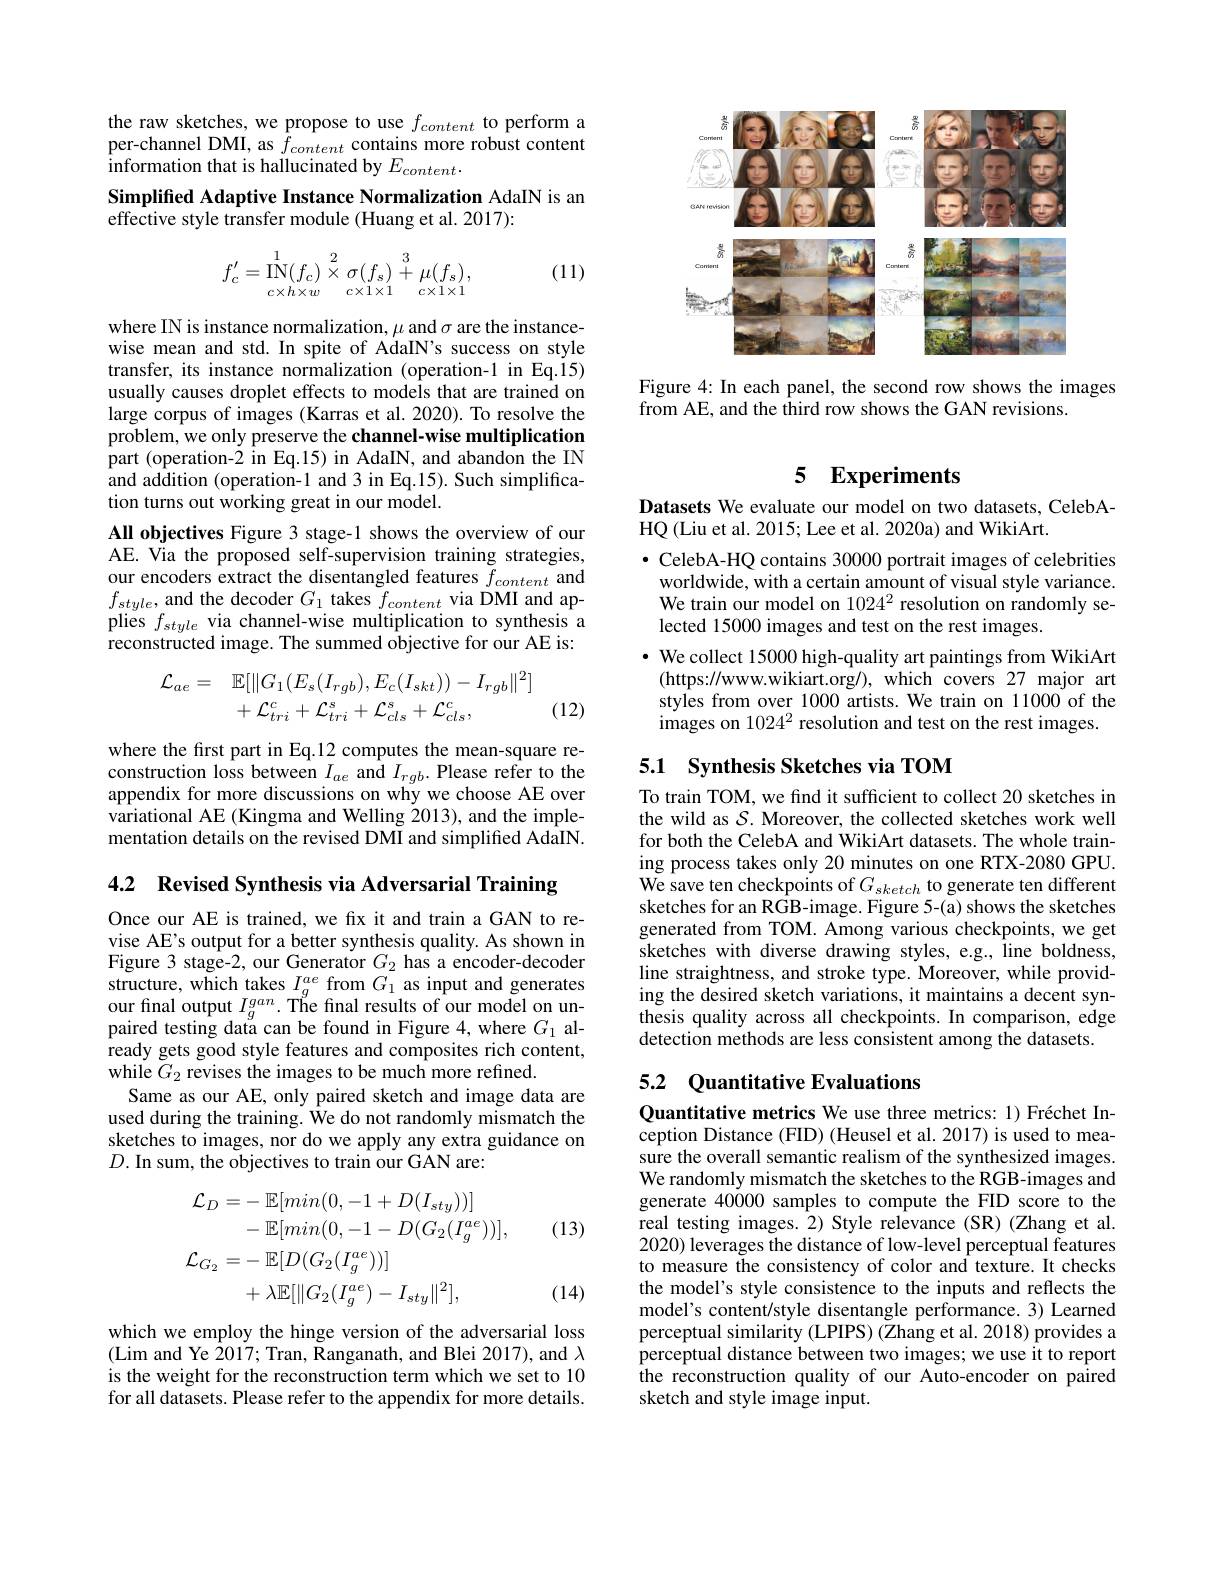
<FigureHere>

Figure 4: In each panel, the second row shows the images
$\tilde{\mathrm{from~AE,~and~the~third~row~shows~the~GAN~revisions.}}$

the raw sketches, we propose to use $f_{content}$ to perform a per-channel DMI, as $\bar{f}_{content}$ contains more robust content $\hat{\text{information that is hallucinated by }}E_{content}.$
Simplified Adaptive Instance Normalization AdaIN is an
effective style transfer module (Huang et al. 2017):
$$f_c'=\mathop{\mathrm{IN}}\limits_{c\times h\times w}^1\stackrel{2}{\times}\sigma(f_s)\stackrel{3}{+}\mu(f_s),$$
(11)

where IN is instance normalization, $\mu$ and $\sigma$ are the instancewise mean and std. In spite of AdaIN's success on style transfer, its instance normalization (operation-1 in Eq.15) usually causes droplet effects to models that are trained on large corpus of images (Karras et al. 2020). To resolve the problem, we only preserve the channel-wise multiplication part (operation-2 in Eq.15) in AdaIN, and abandon the IN and addition (operation-1 and 3 in Eq.15). Such simplification turns out working great in our model.
All objectives Figure 3 stage-1 shows the overview of our AE. Via the proposed self-supervision training strategies, our encoders extract the disentangled features $f_{content}$ and $f_{style}$,and the decoder $G_1$ takes $f_content$ via DMI and applies $f_{style}$ via channel-wise multiplication to synthesis a reconstructed image. The summed objective for our AE is:
$$\begin{aligned}\mathcal{L}_{ae}&=\quad\mathbb{E}[\|G_{1}(E_{s}(I_{rgb}),E_{c}(I_{skt}))-I_{rgb}\|^{2}]\\&+\mathcal{L}_{tri}^{c}+\mathcal{L}_{tri}^{s}+\mathcal{L}_{cls}^{s}+\mathcal{L}_{cls}^{c},\end{aligned}$$
(12)

where the first part in Eq.12 computes the mean-square reconstruction loss between $I_{ae}$ and $I_{rgb}.$ Please refer to the appendix for more discussions on why we choose AE over variational AE (Kingma and Welling 2013), and the implementation details on the revised DMI and simplified AdaIN.

4.2 Revised Synthesis via Adversarial Training

Once our AE is trained, we fx it and train a GAN to revise AE's output for a better synthesis quality. As shown in Figure 3 stage-2, our Generator $G_{2}$ has a encoder-decoder $\begin{array}{ll}\text{structure,which takes }I_{g}^{ae}\text{from }G_{1}\text{ as input and generates}\\\text{our final output }I_{g}^{gan}.\text{ The final results of our model on un-}\\\text{paired testing data can be found in Figure 4, where }G_{1}\end{array}$ ready gets good style features and composites rich content, while $G_{2}$ revises the images to be much more refined.
Same as our AE, only paired sketch and image data are used during the training. We do not randomly mismatch the sketches to images, nor do we apply any extra guidance on $D.$ In sum, the objectives to train our GAN are:

(13)
$$\begin{aligned}\mathcal{L}_{D}&=-\:\mathbb{E}[min(0,-1+D(I_{sty}))]\\&-\mathbb{E}[min(0,-1-D(G_{2}(I_{g}^{ae}))],\\\mathcal{L}_{G_{2}}&=-\:\mathbb{E}[D(G_{2}(I_{g}^{ae}))]\\&+\lambda\mathbb{E}[\|G_{2}(I_{g}^{ae})-I_{sty}\|^{2}],\end{aligned}$$
(14)

which we employ the hinge version of the adversarial loss (Lim and Ye $\hat{2}017;$ Tran, Kanganath, and Blei 2017), and $\lambda$ is the weight for the reconstruction term which we set to 10 for all datasets. Please refer to the appendix for more details.

# 5 Experiments

Datasets We evaluate our model on two datasets, CelebA-
HQ (Liu et al. 2015; Lee et al. 2020a) and WikiArt.
$\bullet$ CelebA-HQ contains 30000 portrait images of celebrities worldwide, with a certain amount of visual style variance. We train our model on $1024^{2}$ resolution on randomly selected 15000 images and test on the rest images.
· We collect 15000 high-quality art paintings from WikiArt
(https://www.wikiart.org/),which covers 27 major art styles from over 1000 artists. We train on 11000 of the images on 10242 resolution and test on the rest images.

## 5.1 Synthesis Sketches via TOM

To train TOM, we find it sufficient to collect 20 sketches in the wild as $\mathcal{S}.$ Moreover, the collected sketches work well for both the CelebA and WikiArt datasets. The whole training process takes only 20 minutes on one RTX-2080 GPU. We save ten checkpoints of $G_{sketch}$ to generate ten different sketches for an RGB-image. Figure 5-(a) shows the sketches generated from TOM. Among various checkpoints, we get sketches with diverse drawing styles, e.g., line boldness, line straightness, and stroke type. Moreover, while providing the desired sketch variations, it maintains a decent synthesis quality across all checkpoints. In comparison, edge detection methods are less consistent among the datasets.

## 5.2 Quantitative Evaluations

Quantitative metrics We use three metrics: 1) Fréchet Inception Distance (FID) (Heusel et al. 2017) is used to measure the overall semantic realism of the synthesized images. We randomly mismatch the sketches to the RGB-images and generate 40000 samples to compute the FID score to the real testing images. 2) Style relevance (SR) (Zhang et al. 2020) leverages the distance of low-level perceptual features to measure the consistency of color and texture. It checks the model's style consistence to the inputs and reflects the model's content/style disentangle performance. 3) Learned perceptual similarity (LPIPS) (Zhang et al. 2018) provides a perceptual distance between two images; we use it to report the reconstruction quality of our Auto-encoder on paired sketch and style image input.